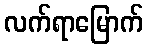
လက်ရာမြောက်